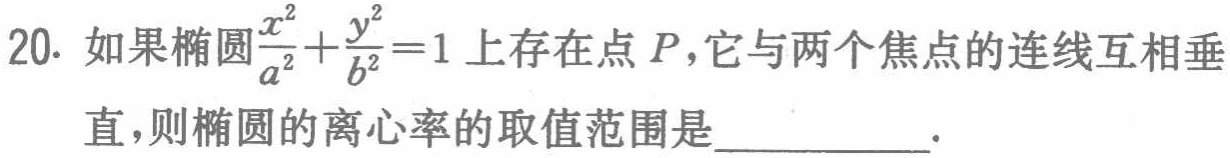
20. 如果椭圆$\frac{x^{2}}{a^{2}}+\frac{y^{2}}{b^{2}} = 1$上存在点$P$，它与两个焦点的连线互相垂直，则椭圆的离心率的取值范围是  .